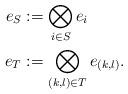
LaTeX: \begin{align*}e_S & := \bigotimes_{i \in S} e_i\\e_T & := \bigotimes_{(k,l) \in T} e_{(k,l)}.\end{align*}